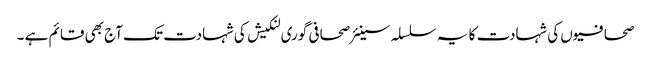
صحافیوں کی شہادت کا یہ سلسلہ سینئر صحافی گوری لنکیش کی شہادت تک آج بھی قائم ہے ۔